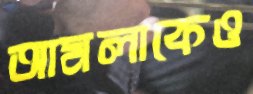
আমলাকেও